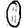
Digit: 0